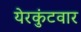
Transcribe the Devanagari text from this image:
येरकुंटवार